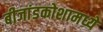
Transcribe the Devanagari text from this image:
बीजांडकोशामध्ये